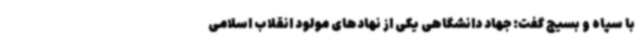
با سپاه و بسیج گفت: جهاد دانشگاهی یکی از نهادهای مولود انقلاب اسلامی